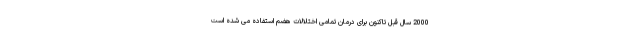
2000 سال قبل تاکنون برای درمان تمامی اختلالات هضم استفاده می شده است